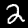
Digit: 2